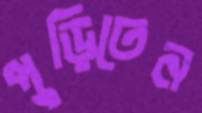
পুড়িতেন